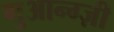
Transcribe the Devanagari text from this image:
गुआन्ग्ज़ी